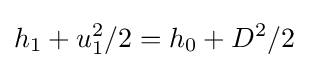
h_{1}+u_{1}^{2}/2=h_{0}+D^{2}/2